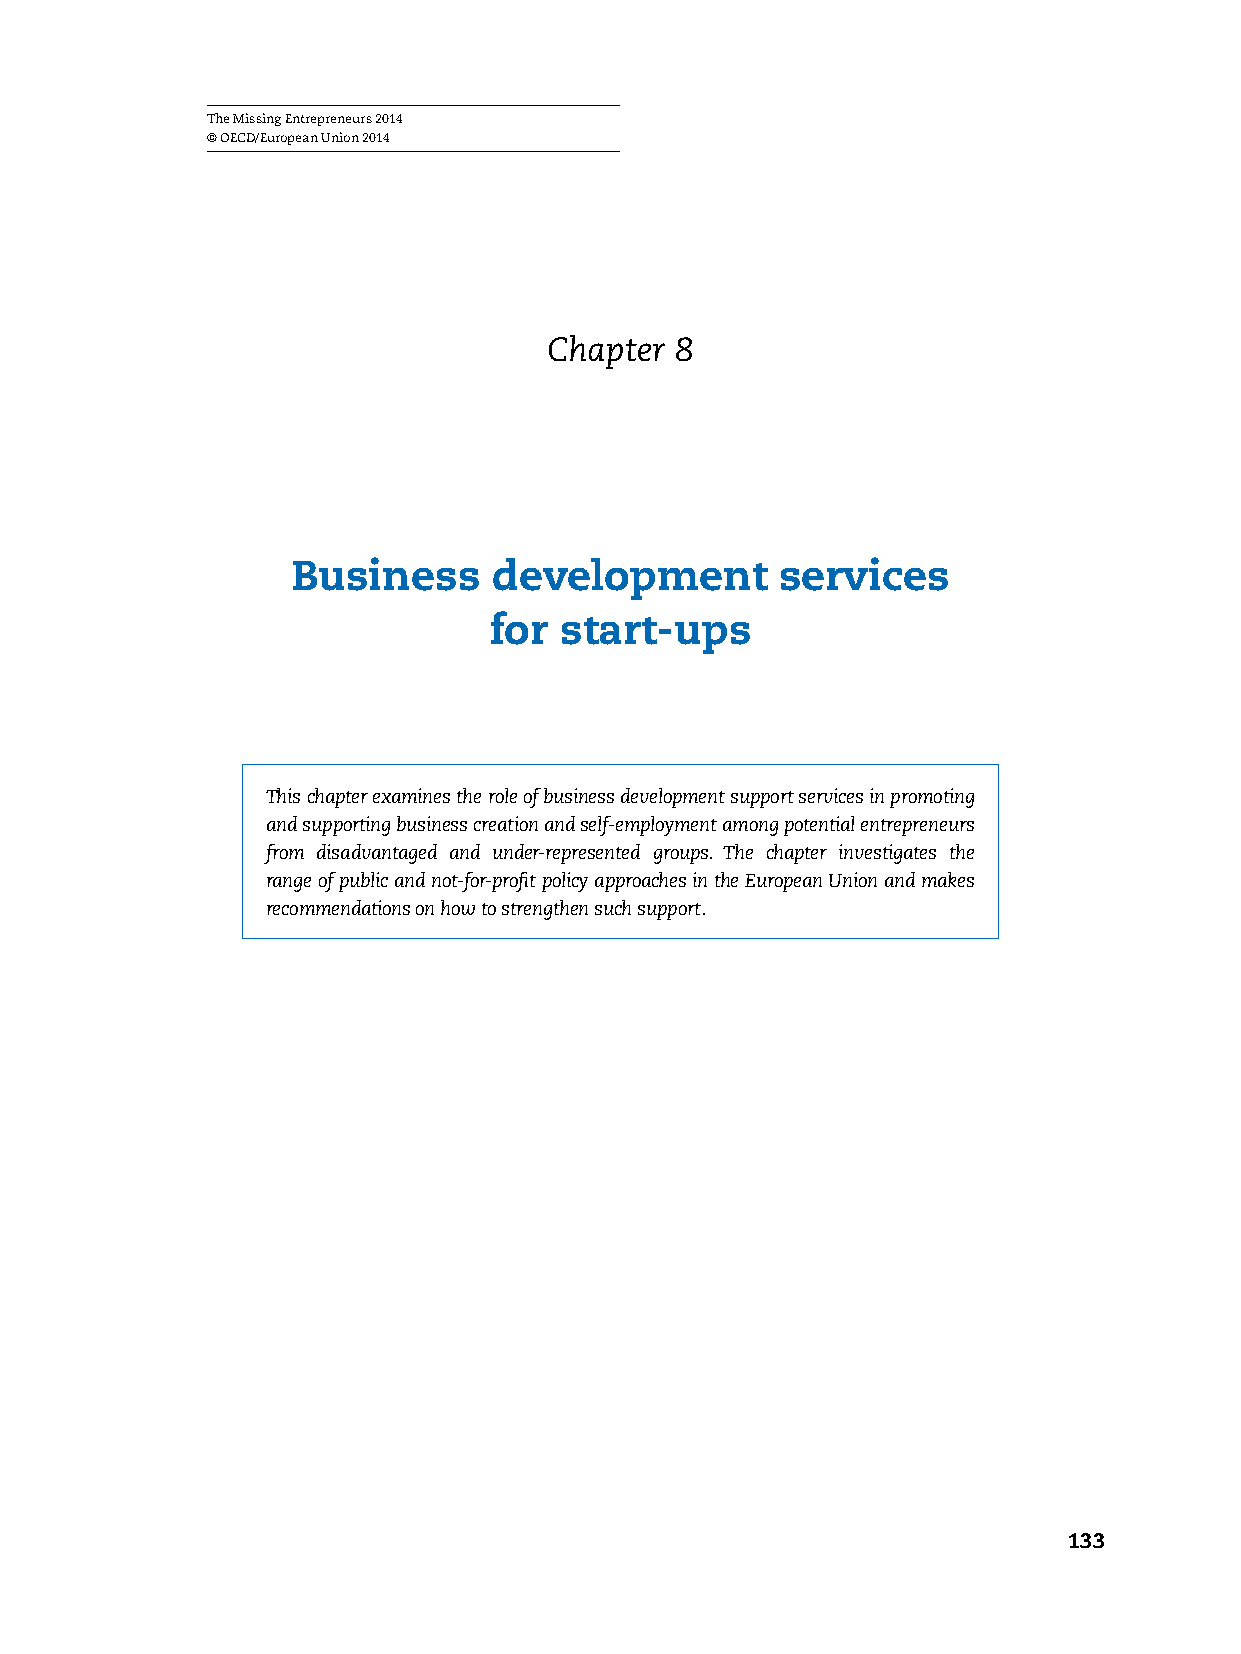
The Missing Entrepreneurs 2014
 © OECD/European Union 2014
 Chapter  8
 Business      development        services
 for  start-ups
 This chapter examines the role of business development support services in promoting
 and supporting business creation and self-employment among potential entrepreneurs
 from disadvantaged and under-represented groups. The chapter investigates the
 range of public and not-for-profit policy approaches in the European Union and makes
 recommendations on how to strengthen such support.
 133